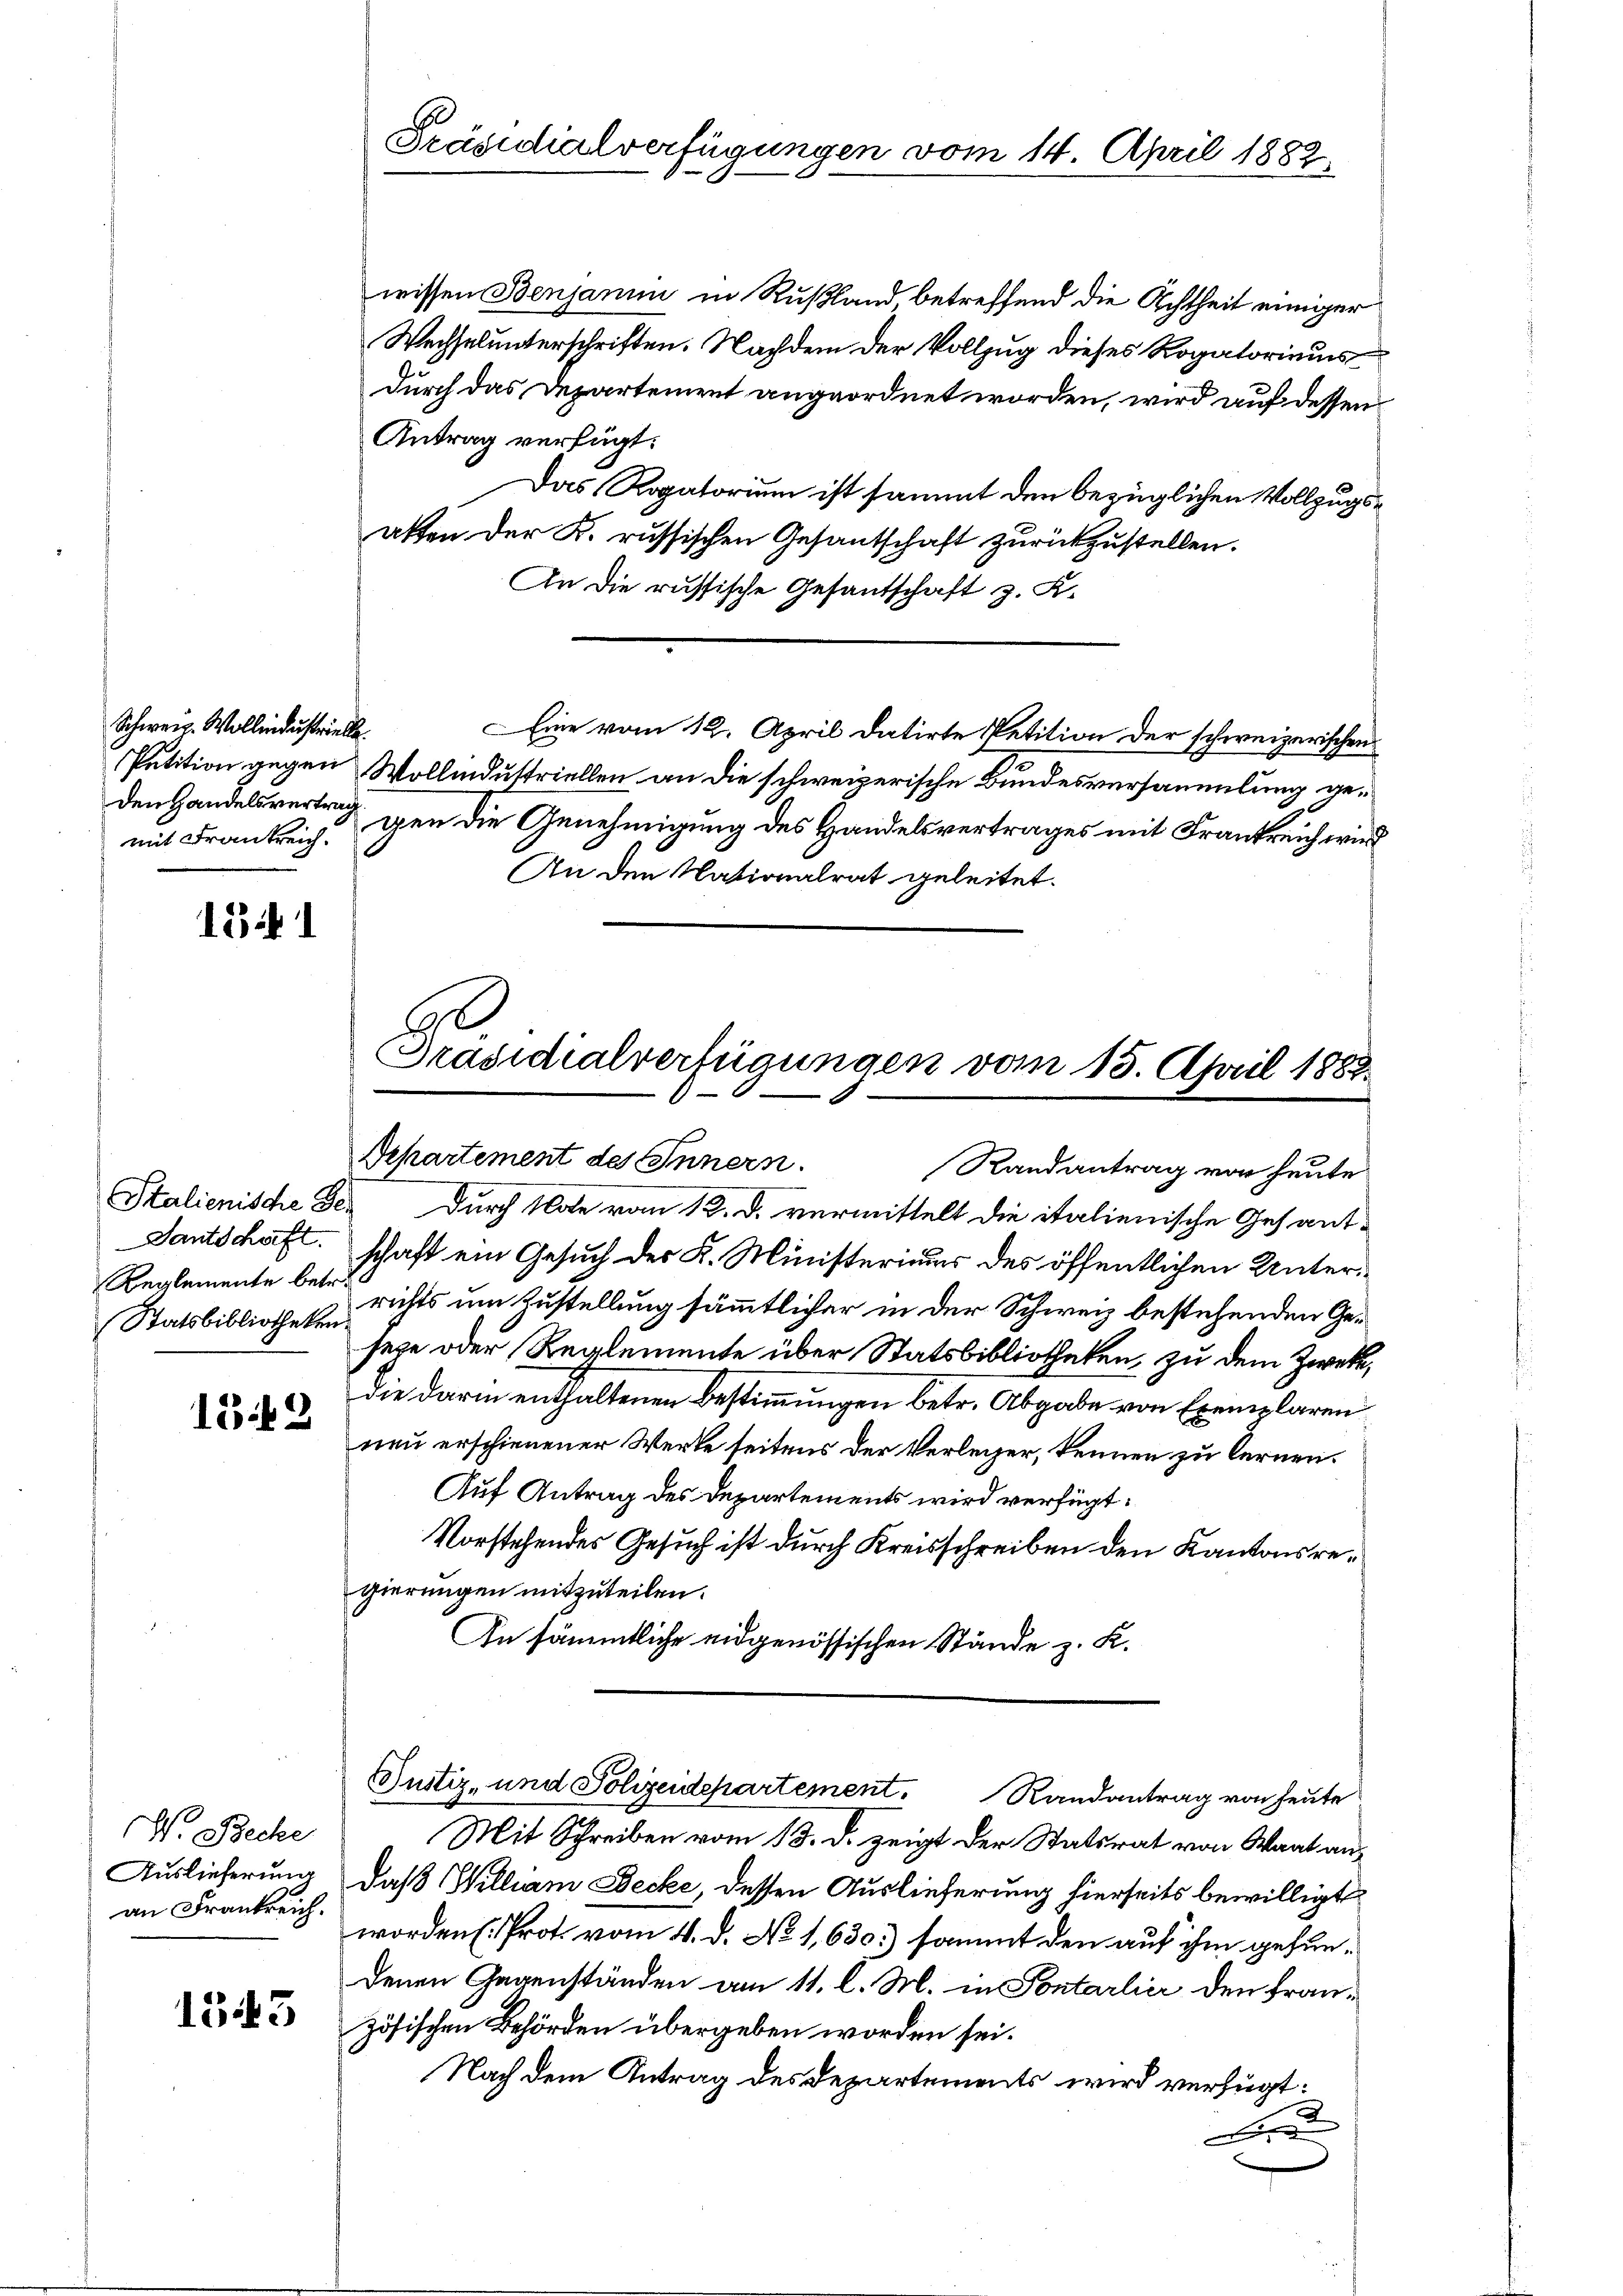
Schweiz. Wollindustrielle
den Handelsvertrag

1541

Reglemente betr.
Statsbibliotheken.

1842

W. Becke
Auslieferung
an Frankreich.

1543

Präsidialverfügungen vom 14. April 1882

Wechselunterschriften. Nachdem der Vollzug dieses Rogatoriums
durch das Departement angeordnet worden, wird auf dessen
Antrag verfügt:
Das Rogatorium ist sammt den bezüglichen Vollzugsalten der K. russischen Gesantschaft zurückzustellen.
An die russische Gesandschaft z. K.
Eine vom 12. April datirte Petition der schweizerischen
Petition gegen Wollindustriellen an die schweizerische Bundesversammlung gemit Frankreich gen die Genehmigung des Handelsvertrages mit Frankreich wird
An den Nationalrat geleitet.

Präsidialverfügungen vom 15. April 1882.
.

Separtement des Innern.
Randantrag von heute
Stalienische der durch Note vom 12. d. vermittelt die italienische Gesant¬
Dantschaft. schaft ein Gesuch der K. Ministeriums des öffentlichen Unterrichts um Zustellung sämmtlicher in der Schweiz bestehenden Gesete oder Reglemente über Statsbibliotheken, zu dem Zweck,
die darin enthaltenen Bestimmungen betr. Abgabe von Exemplaren
neu erschienener Werte seitens der Verleger, kennen zu lernen.
Auf Antrag des Departements wird verfügt:
Vorstehendes Gesuch ist durch Kreisschreiben den Kantonsregierungen mitzuteilen.
An sämmtliche eidgenössischen Stände z. K.

wissen Benjamin in Rußland, betreffend die Achtheit einiger

Justiz- und Polizeidepartement. Randantrag von heute

Mit Schreiben vom 13. d. zeigt der Statsrat von Waat andaß William Decke, dessen Auslieferung hierseits bewilligt
worden Prot. vom 4. d. No 1,630.) sammt den auf ihm gefundenen Gegenständen am 11. l. M. in Sontarlier den französischen Behörden übergeben worden sei.
Nach dem Antrag des Departements wird verfügt:
2